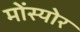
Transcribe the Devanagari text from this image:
मोंस्योर